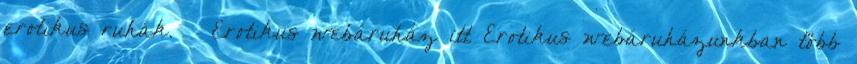
erotikus ruhák. – Erotikus webáruház itt Erotikus webáruházunkban több